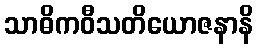
သာဓိကဝီသတိယောဇနာနိ